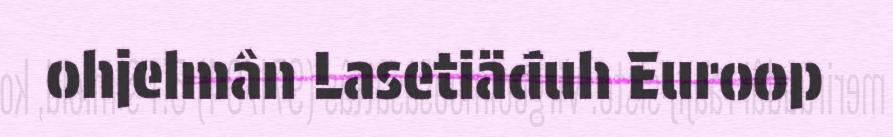
ohjelmân Lasetiäđuh Euroop